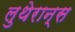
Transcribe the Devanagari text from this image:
लुथेरान्स